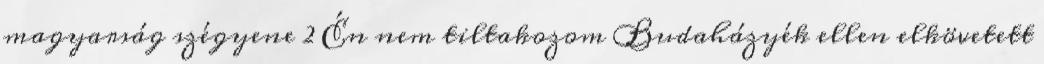
magyarság szégyene 2 Én nem tiltakozom Budaházyék ellen elkövetett